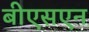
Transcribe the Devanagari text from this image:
बीएसएन